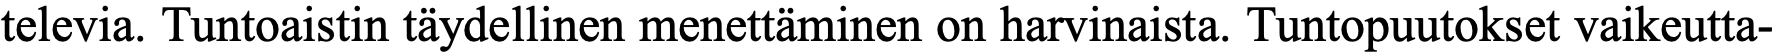
televia. Tuntoaistin täydellinen menettäminen on harvinaista. Tuntopuutokset vaikeutta-